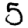
Digit: 5